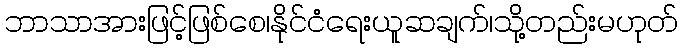
ဘာသာအားဖြင့်ဖြစ်စေ၊နိုင်ငံရေးယူဆချက်၊သို့တည်းမဟုတ်